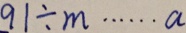
9 1 \div m \cdots a